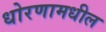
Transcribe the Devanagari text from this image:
धोरणामधील